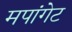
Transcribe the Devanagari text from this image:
मपांगेट